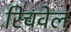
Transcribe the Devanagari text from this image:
रिचवेल